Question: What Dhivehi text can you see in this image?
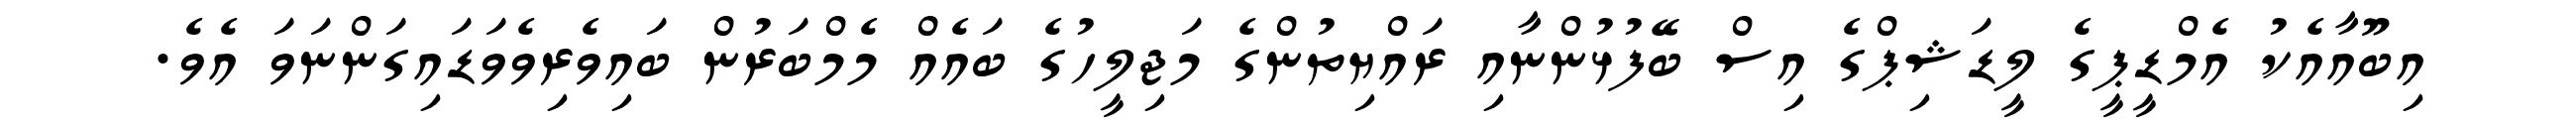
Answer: އިބޫއާއެކު އެމްޑީޕީގެ ލީޑަޝިޕްގެ އިސް ބޭފުޅުންނާއި ރައްޔިތުންގެ މަޖިލީހުގެ ބައެއް މެމްބަރުން ބައިވެރިވެވަޑައިގަންނަވަ އެވެ.